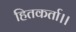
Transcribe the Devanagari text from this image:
हितकर्ता।।